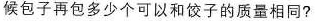
候包子再包多少个可以和饺子的质量相同?